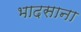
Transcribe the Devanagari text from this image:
भादसाना